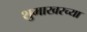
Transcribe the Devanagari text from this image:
शुमाखरच्या